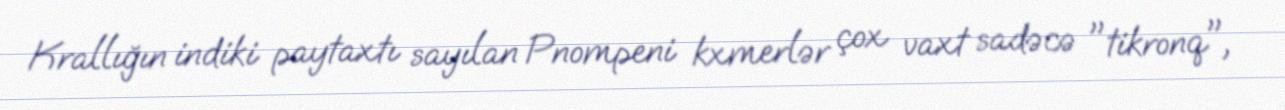
Krallığın indiki paytaxtı sayılan Pnompeni kxmerlər çox vaxt sadəcə "tikronq",